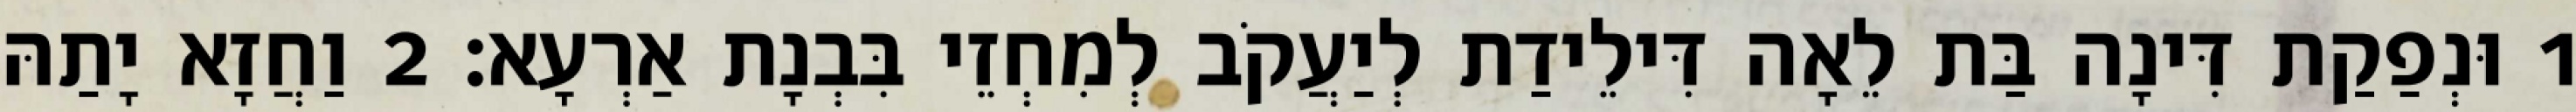
1 וּנְפַקַת דִּינָה בַּת לֵאָה דִּילֵידַת לְיַעֲקֹב לְמִחְזֵי בִּבְנָת אַרְעָא׃ 2 וַחֲזָא יָתַהּ